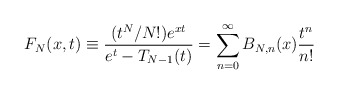
\begin{align*} F_N(x,t)\equiv \frac{(t^N/N!)e^{xt}}{e^t-T_{N-1}(t)}=\sum_{n=0}^{\infty}B_{N,n}(x)\frac{t^n}{n!} \end{align*}